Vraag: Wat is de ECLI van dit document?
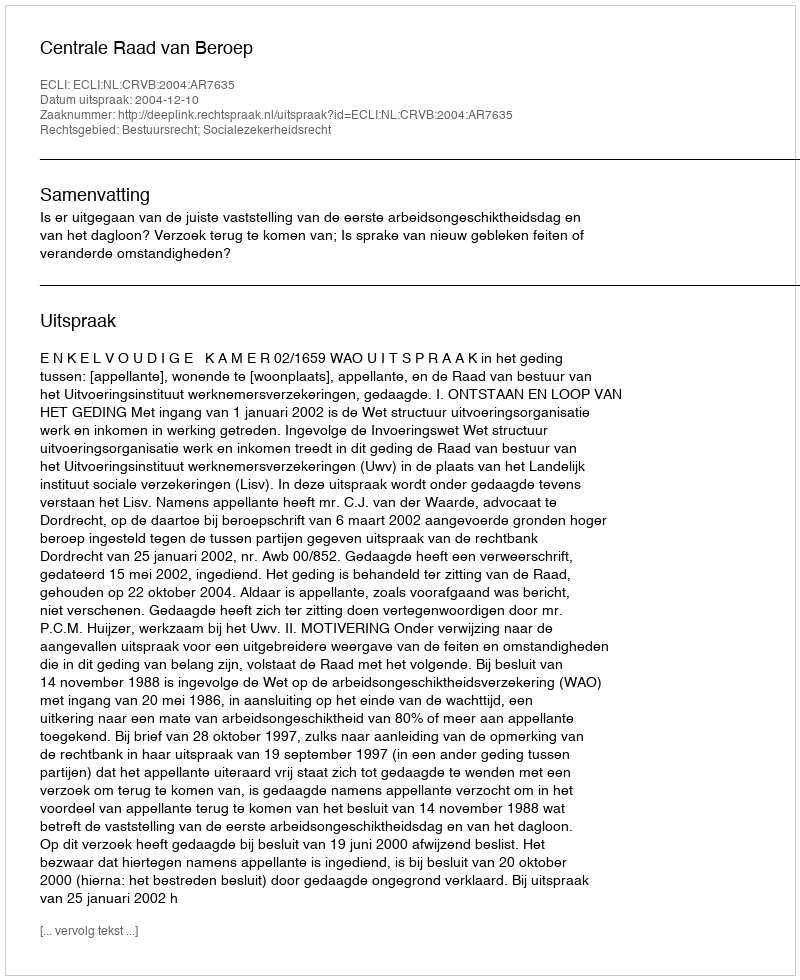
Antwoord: ECLI:NL:CRVB:2004:AR7635